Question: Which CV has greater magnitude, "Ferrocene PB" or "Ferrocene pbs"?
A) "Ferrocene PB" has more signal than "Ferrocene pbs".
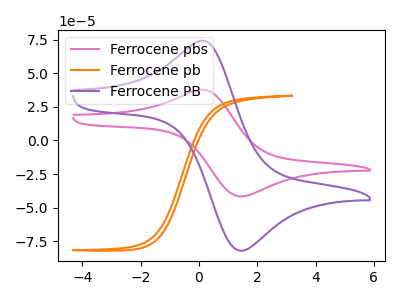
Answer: <think>The pink curve "Ferrocene pbs" has an anodic peak at (0.25V, 37.40uA) and a cathodic peak at (1.45V, -41.65uA). The orange curve "Ferrocene pb" has no peaks. The purple curve "Ferrocene PB" has an anodic peak at (0.25V, 73.75uA) and a cathodic peak at (1.45V, -82.10uA).
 All the peaks in "Ferrocene PB" have a peak in "Ferrocene pbs" at the same potential. Every peak in "Ferrocene PB" is higher than every peak in "Ferrocene pbs".</think>
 <answer>A) "Ferrocene PB" has more signal than "Ferrocene pbs".</answer>
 <eval>A</eval>